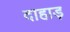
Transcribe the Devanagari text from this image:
दाहाड़